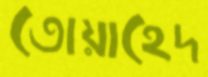
তোয়াহেদ